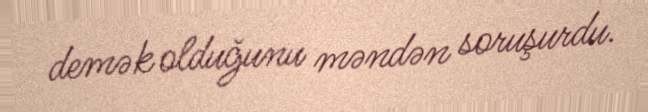
demək olduğunu məndən soruşurdu.